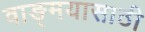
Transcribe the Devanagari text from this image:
वाङ्‌मयासाठी